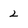
Character: 2